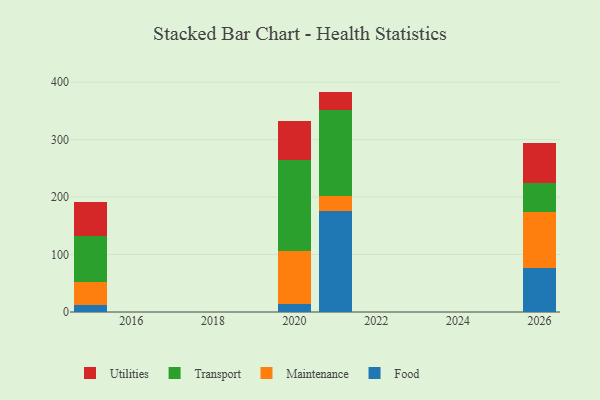
{"axis": {"x": "Year", "y": "Net Income (USD K)"}, "legend": ["Food", "Maintenance", "Transport", "Utilities"], "data": [{"x": "2026", "y": 76.1, "type": "Food"}, {"x": "2026", "y": 98.8, "type": "Maintenance"}, {"x": "2026", "y": 49.9, "type": "Transport"}, {"x": "2026", "y": 70.0, "type": "Utilities"}, {"x": "2020", "y": 14.1, "type": "Food"}, {"x": "2020", "y": 91.4, "type": "Maintenance"}, {"x": "2020", "y": 158.4, "type": "Transport"}, {"x": "2020", "y": 68.4, "type": "Utilities"}, {"x": "2021", "y": 175.5, "type": "Food"}, {"x": "2021", "y": 26.8, "type": "Maintenance"}, {"x": "2021", "y": 149.0, "type": "Transport"}, {"x": "2021", "y": 32.3, "type": "Utilities"}, {"x": "2015", "y": 11.9, "type": "Food"}, {"x": "2015", "y": 40.9, "type": "Maintenance"}, {"x": "2015", "y": 80.1, "type": "Transport"}, {"x": "2015", "y": 59.1, "type": "Utilities"}]}